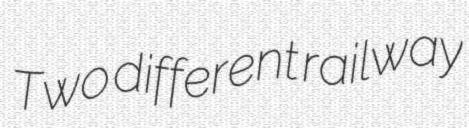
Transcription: Two different railway